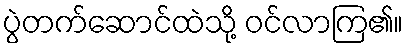
ပွဲတက်ဆောင်ထဲသို့ ဝင်လာကြ၏။